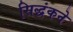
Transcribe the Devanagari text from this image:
सिद्धंकने